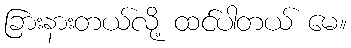
ခြားနားတယ်လို့ ထင်ပါတယ် မေ။